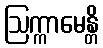
ဩက္ကာမေန္တိ